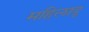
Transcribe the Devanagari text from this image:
महिलादू